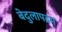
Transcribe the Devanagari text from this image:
बेदुलापदम